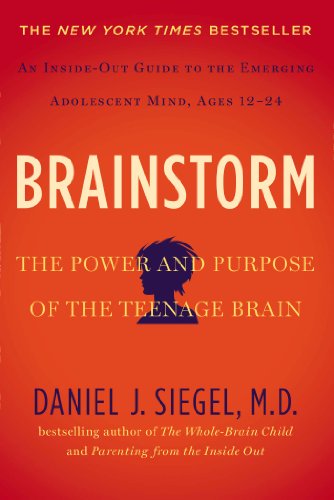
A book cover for Brainstorm: The Power and Purpose of the Teenage Brain; Daniel J. Siegel MD; Parenting & Relationships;